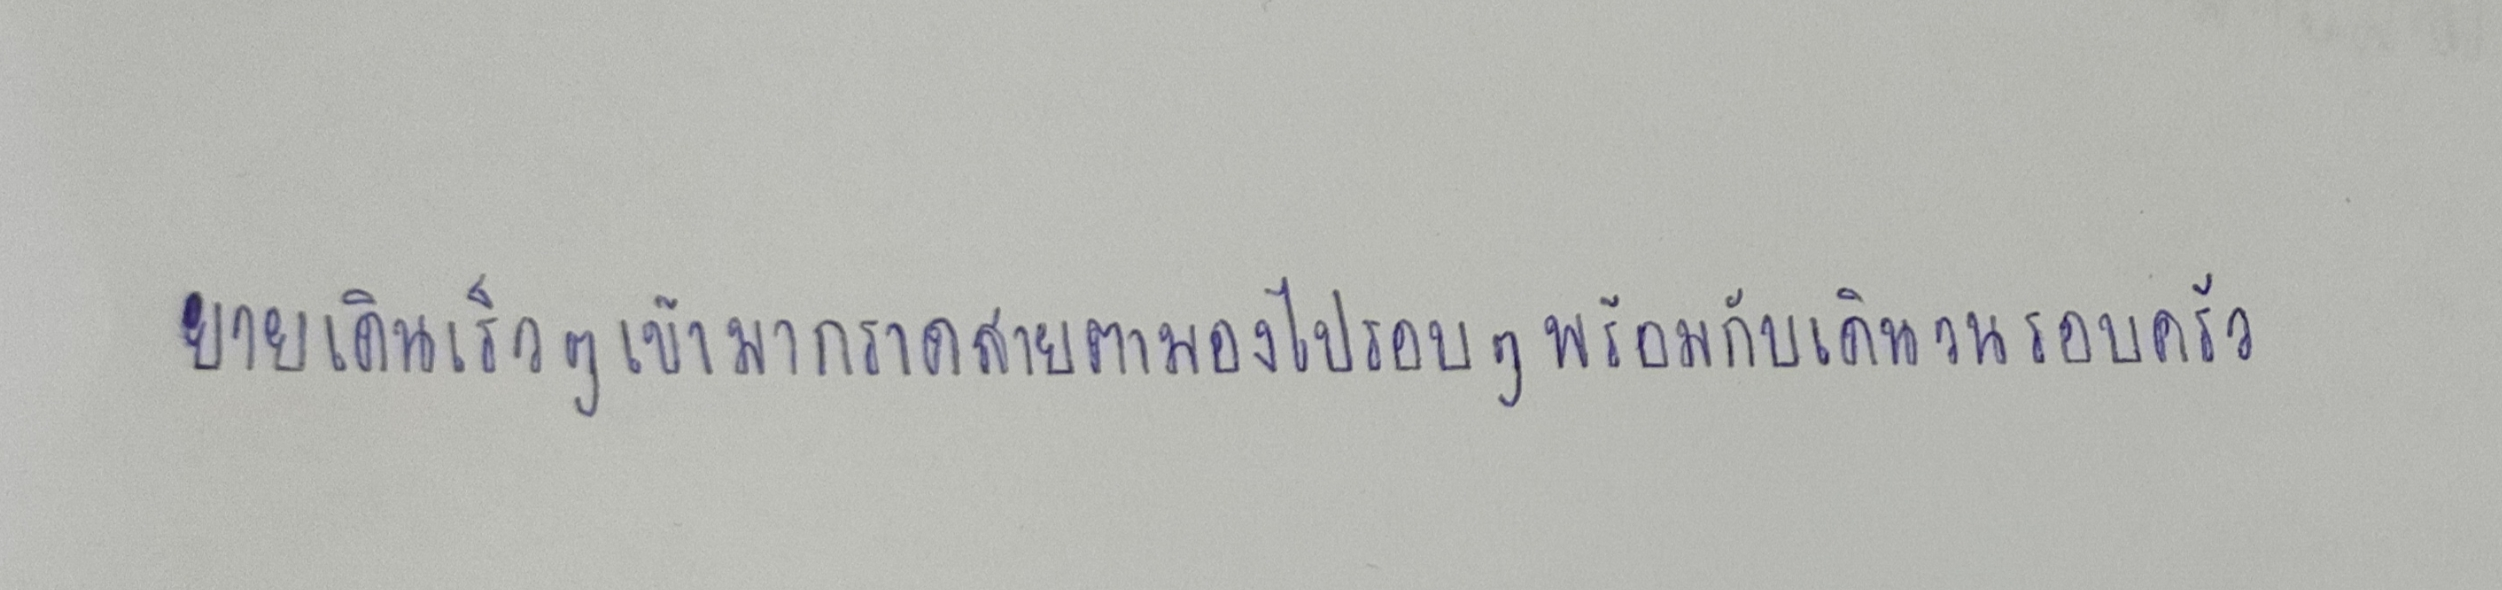
ยายเดินเร็วๆเข้ามากราดสายตามองไปรอบๆพร้อมกับเดินวนรอบครัว